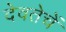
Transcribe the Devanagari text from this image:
देवतेचें